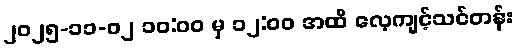
၂၀၂၅-၁၁-၀၂ ၁၀:၀၀ မှ ၁၂:၀၀ အထိ လေ့ကျင့်သင်တန်း